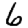
Digit: 6